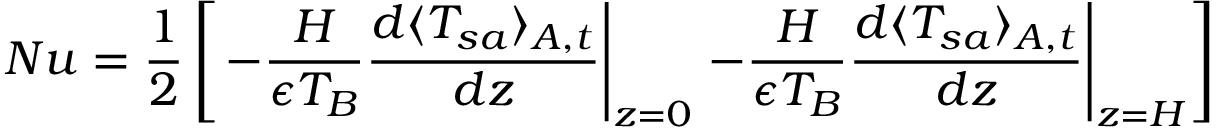
N u = \frac { 1 } { 2 } \left[ \left. - \frac { H } { \epsilon T _ { B } } \frac { d \langle T _ { s a } \rangle _ { A , t } } { d z } \right| _ { z = 0 } \left. - \frac { H } { \epsilon T _ { B } } \frac { d \langle T _ { s a } \rangle _ { A , t } } { d z } \right| _ { z = H } \right]